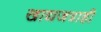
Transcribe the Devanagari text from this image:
खाद्यजत्राही